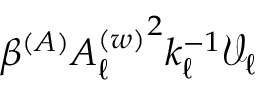
\beta ^ { ( A ) } { A _ { \ell } ^ { ( w ) } } ^ { 2 } k _ { \ell } ^ { - 1 } \mathcal { V } _ { \ell }